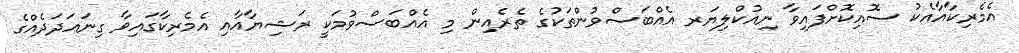
އެމެރިކާއާއެކު ސޮއިކޮށްފައިވާ ނިއުކްލިޔަރ އެއްބަސްވުންތަކުގެ ތެރެއިން މި އެއްބަސްވުމަކީ ރަޝިޔާއާއި އެމެރިކާގައިވާ ގިނައަދަދެއްގެ